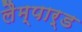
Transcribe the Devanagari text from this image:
लैम्पार्ड